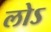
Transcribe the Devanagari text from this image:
लोऽ